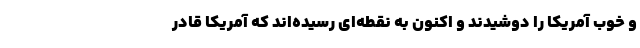
و خوب آمریکا را دوشیدند و اکنون به نقطه‌ای رسیده‌اند که آمریکا قادر